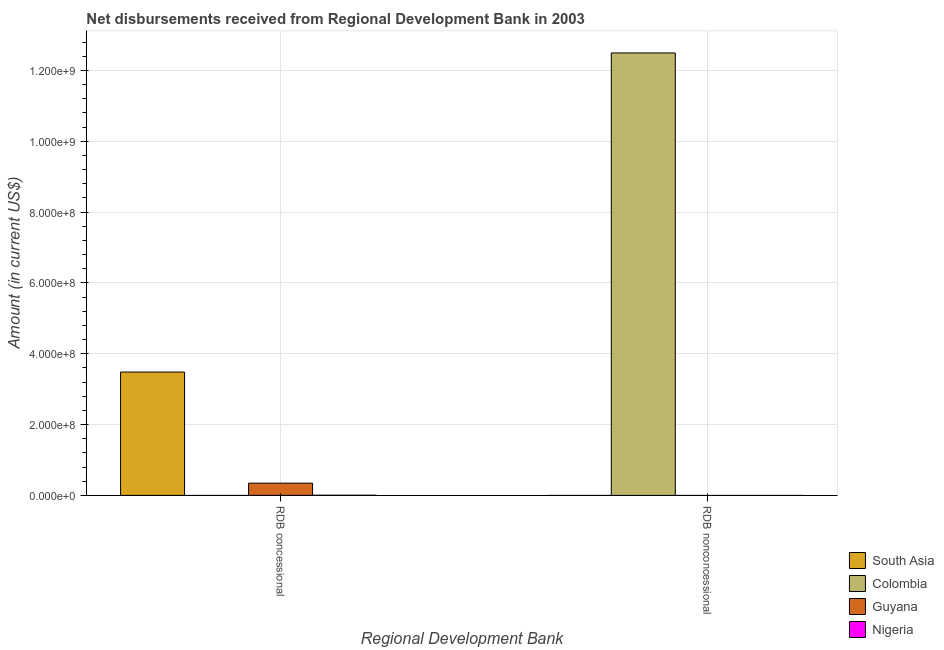
| Regional Development Bank | South Asia | Colombia | Guyana | Nigeria |
 | --- | --- | --- | --- | --- |
 | RDB concessional | 3.48e+08 | -1.81e+07 | 3.45e+07 | 3.73e+05 |
 | RDB nonconcessional | -8e+08 | 1.25e+09 | -4.95e+06 | -9.59e+07 |